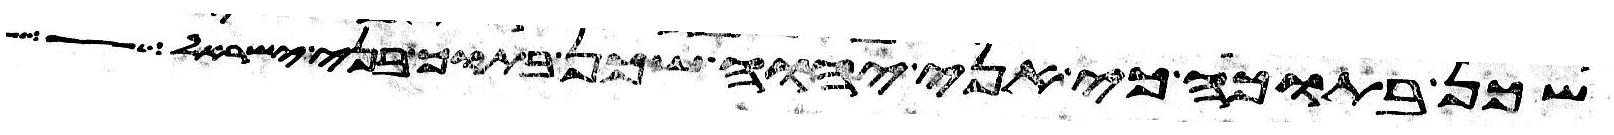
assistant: שכן בתוכה כי אני יהוה שכן בתוך בני ישראל